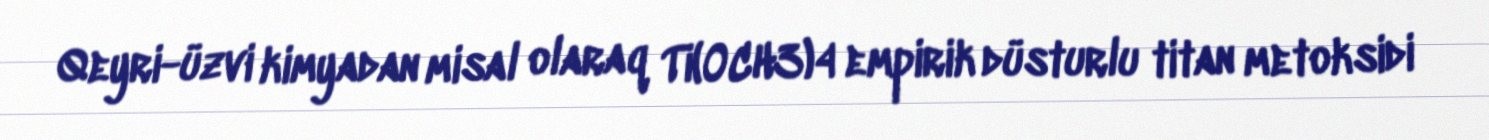
Qeyri-üzvi kimyadan misal olaraq Ti(OCH3)4 empirik düsturlu titan metoksidi